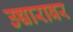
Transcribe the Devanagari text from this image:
उच्चारावर